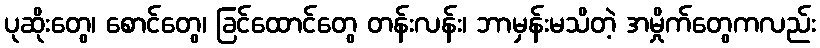
ပုဆိုးတွေ၊ စောင်တွေ၊ ခြင်ထောင်တွေ တန်းလန်း၊ ဘာမှန်းမသိတဲ့ အမှိုက်တွေကလည်း